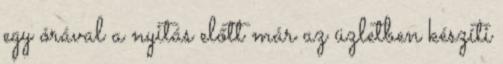
egy órával a nyitás előtt már az üzletben készíti